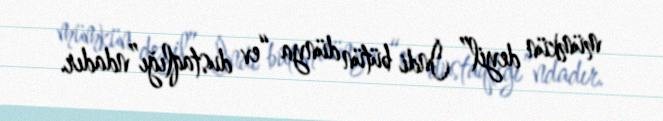
mümkün deyil” İndi bütün dünya “ev dustaqlığı”ndadır.